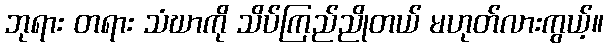
ဘုရား တရား သံဃာကို သိပ်ကြည်ညိုတယ် မဟုတ်လားကွယ့်။